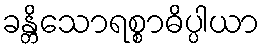
ခန္တိသောရစ္စာဓိပ္ပါယာ